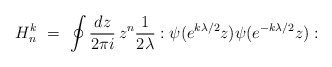
\begin{align*}H^k_n\ =\ \oint{dz\over 2\pi i}\, z^n{1\over 2\lambda}:\psi(e^{k\lambda/2}z)\psi (e^{-k\lambda/2}z):\end{align*}